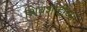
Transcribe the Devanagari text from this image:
शिवशाहीच्या